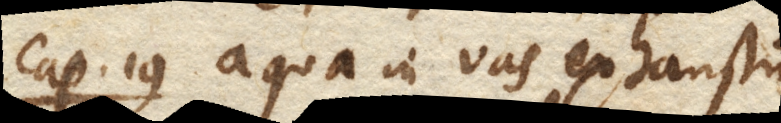
Cap. 19 Aqua in vas exhaustum